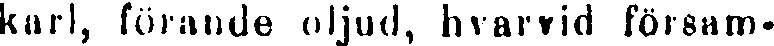
karl, förande oljud, hvarvid försam-